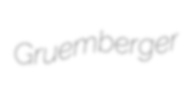
Gruemberger